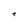
Character: e